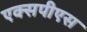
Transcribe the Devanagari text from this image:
एक्सपीएस